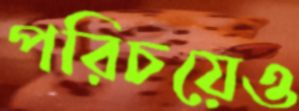
পরিচয়েও